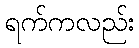
ရက်ကလည်း